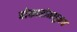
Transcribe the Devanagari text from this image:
बोकारोमधूनच